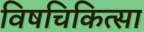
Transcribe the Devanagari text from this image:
विषचिकित्सा